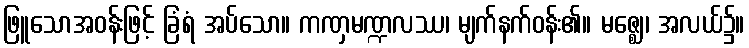
ဖြူသောအဝန်းဖြင့် ခြံရံ အပ်သော။ ကဏှမဏ္ဍလဿ၊ မျက်နက်ဝန်း၏။ မဇ္ဈေ၊ အလယ်၌။